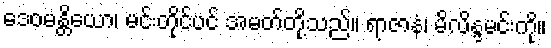
ဒေဝမန္တိယော၊ မင်းတိုင်ပင် အမတ်တို့သည်။ ရာဇာနံ၊ မိလိန္ဒမင်းကို။